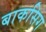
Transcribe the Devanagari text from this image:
बाकसिग